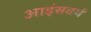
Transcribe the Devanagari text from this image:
आइंसवर्थ